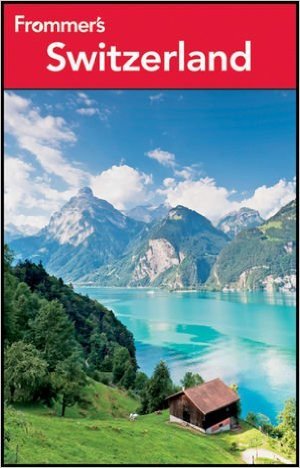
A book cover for Frommer's Comprehensive Travel Guide: Switzerland & Liechtenstein '94-'95 (Frommer's Comprehensive Guides); Darwin Porter; Travel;